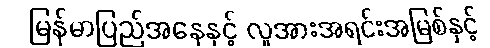
မြန်မာပြည်အနေနှင့် လူအားအရင်းအမြစ်နှင့်